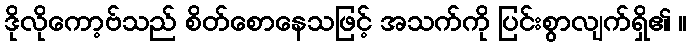
ဒိုလိုကော့ဗ်သည် စိတ်စောနေသဖြင့် အသက်ကို ပြင်းစွာလျက်ရှိ၏ ။